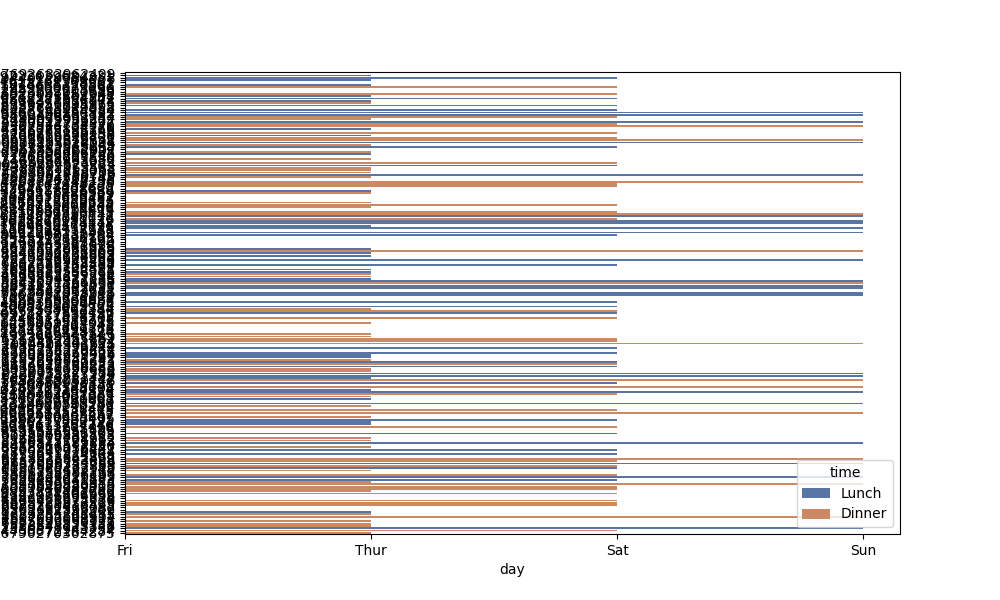
python, seaborn, barplot, hue='time', palette='deep', ci=None, orient='h'